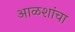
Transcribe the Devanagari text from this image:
आळशांचा